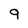
Character: 9